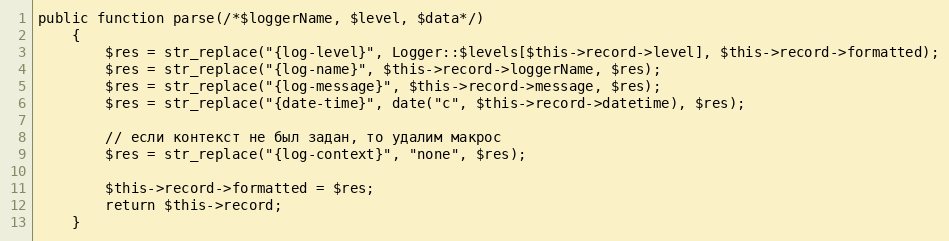
Language: PHP
public function parse(/*$loggerName, $level, $data*/)
	{
		$res = str_replace("{log-level}", Logger::$levels[$this->record->level], $this->record->formatted);
		$res = str_replace("{log-name}", $this->record->loggerName, $res);
		$res = str_replace("{log-message}", $this->record->message, $res);
		$res = str_replace("{date-time}", date("c", $this->record->datetime), $res);

		// если контекст не был задан, то удалим макрос
		$res = str_replace("{log-context}", "none", $res);

		$this->record->formatted = $res;
		return $this->record;
	}